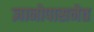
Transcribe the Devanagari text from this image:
ज्ञानोपासनेत